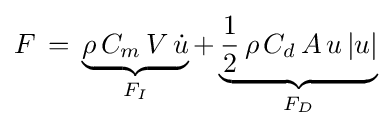
F\,=\,\underbrace {\rho \,C_{m}\,V\,{\dot {u}}} _{F_{I}}+\underbrace {{\frac {1}{2}}\,\rho \,C_{d}\,A\,u\,|u|} _{F_{D}}